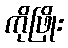
ကိုဖြိုး